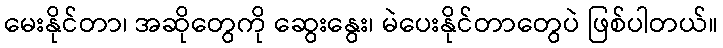
မေးနိုင်တာ၊ အဆိုတွေကို ဆွေးနွေး၊ မဲပေးနိုင်တာတွေပဲ ဖြစ်ပါတယ်။